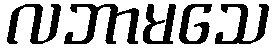
လဘာမသေ